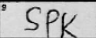
Transcription: SPK